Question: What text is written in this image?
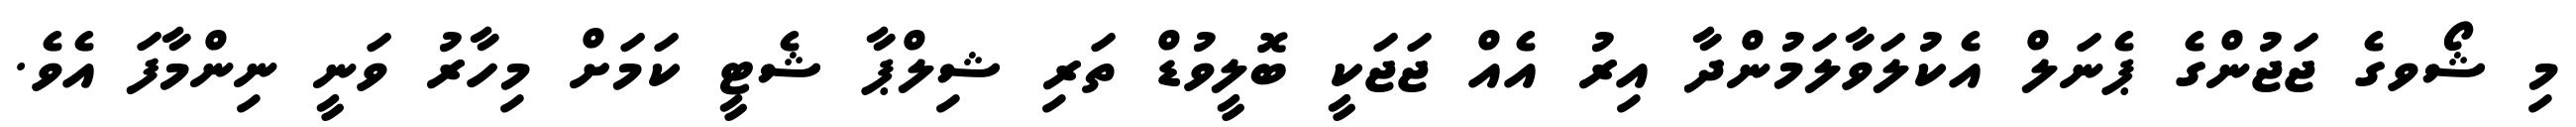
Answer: މި ޝޯވގެ ޖަޖުންގެ ޕެނަލް އެކުލަވާލަމުންދާ އިރު އެއް ޖަޖަކީ ބޮލީވުޑް ތަރި ޝިލްޕާ ޝެޓީ ކަމަށް މިހާރު ވަނީ ނިންމާފަ އެވެ.